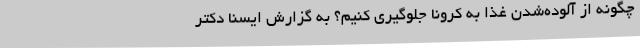
چگونه از آلوده‌شدن غذا به کرونا جلوگیری کنیم؟ به گزارش ایسنا دکتر